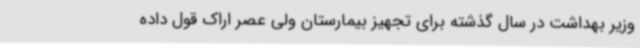
وزیر بهداشت در سال گذشته برای تجهیز بیمارستان ولی عصر اراک قول داده